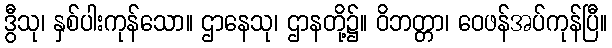
ဒွီသု၊ နှစ်ပါးကုန်သော။ ဌာနေသု၊ ဌာနတို့၌။ ဝိဘတ္တာ၊ ဝေဖန်အပ်ကုန်ပြီ။